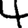
Digit: 4